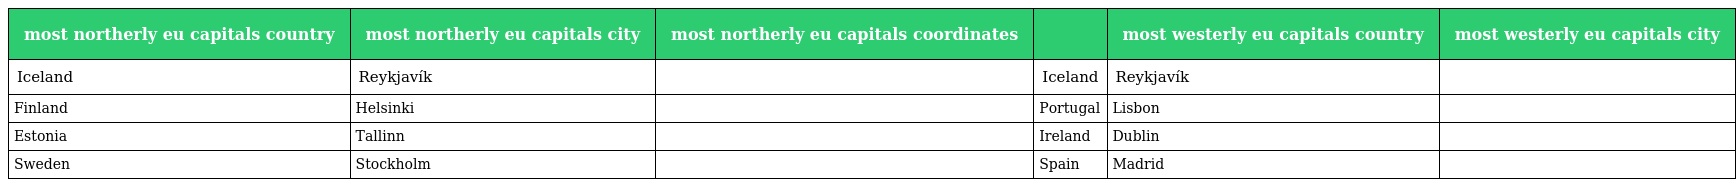
| most northerly eu capitals country | most northerly eu capitals city | most northerly eu capitals coordinates |  | most westerly eu capitals country | most westerly eu capitals city |
 | --- | --- | --- | --- | --- | --- |
 | Iceland | Reykjavík |  | Iceland | Reykjavík |  |
 | Finland | Helsinki |  | Portugal | Lisbon |  |
 | Estonia | Tallinn |  | Ireland | Dublin |  |
 | Sweden | Stockholm |  | Spain | Madrid |  |